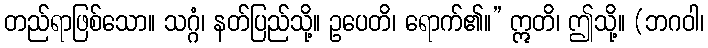
တည်ရာဖြစ်သော။ သဂ္ဂံ၊ နတ်ပြည်သို့။ ဥပေတိ၊ ရောက်၏။” ဣတိ၊ ဤသို့။ (ဘဂဝါ၊